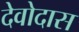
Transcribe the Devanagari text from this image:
देवोदास